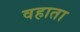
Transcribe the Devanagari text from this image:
वहाता